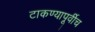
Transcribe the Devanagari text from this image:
टाकण्यापूर्वीच